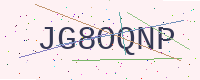
Text: JG8OQNP